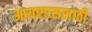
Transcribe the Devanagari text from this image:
आयएएससाठी